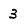
Character: 3